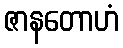
ဇာနတောဟံ